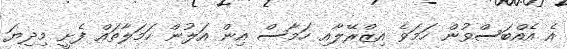
އެ އެއްބަސްވުން ހަމަވެ އިޒްރޭލާއި ހަމާސް އިން އަލުން ހަމަލާތައް ފެށީ މިދިޔަ